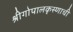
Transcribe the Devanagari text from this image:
श्रीगोपालकृस्णाची